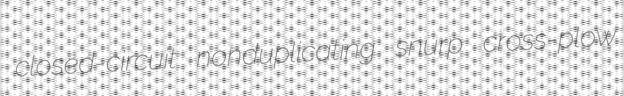
closed-circuit nonduplicating snurp cross-plow